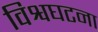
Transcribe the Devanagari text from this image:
विश्वघटना